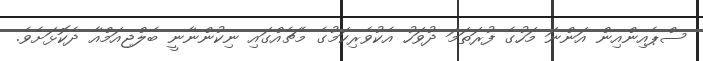
ސްޕެއިންއިން އަންނަ މަހުގެ ފުރަތަމަ ދުވަހު އެކުވެރިކަމުގެ މެޗެއްގައި ނިކުންނާނީ ބެލްޖިއަމްއާ ދެކޮޅަށެވެ.